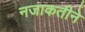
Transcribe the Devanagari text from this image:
नजाकतीने